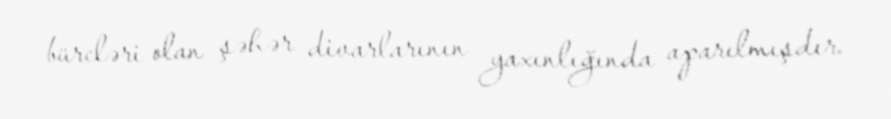
bürcləri olan şəhər divarlarının yaxınlığında aparılmışdır.